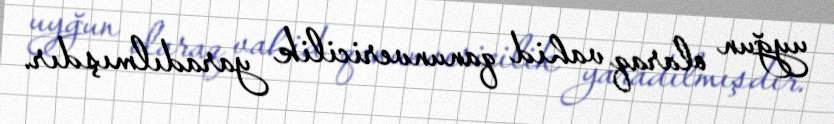
uyğun olaraq vahid qanunvericilik yaradılmışdır.